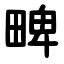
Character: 㽡